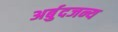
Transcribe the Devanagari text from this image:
अर्बुदजन्य